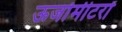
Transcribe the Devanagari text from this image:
ऊर्जामीटरों